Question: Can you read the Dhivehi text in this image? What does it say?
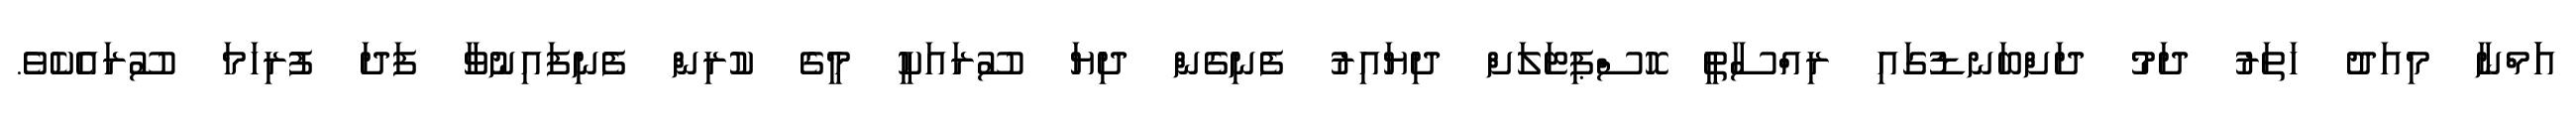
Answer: އަަމްނާ މިއަދު ހަތަރު ދަމު ދަށްބަނޑުގައި ރިއްސާތީ ހޮސްޕިޓަލަށް ދިޔައިރު ފެނިގެން ދިޔަ ސޫރައަކީ މީގެ ކުރިން ފެނިފައިނުވާ ފަދަ ފުރިހަމަ ސޫރައެކެވެ.